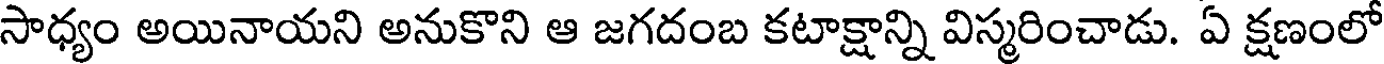
సాధ్యం అయినాయని అనుకొని ఆ జగదంబ కటాక్షాన్ని విస్మరించాడు. ఏ క్షణంలో